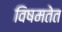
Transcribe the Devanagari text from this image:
विषमतेत